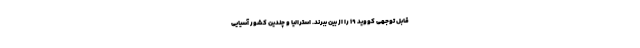
قابل توجهی کووید ۱۹ را از بین ببرند. استرالیا و چندین کشور آسیایی